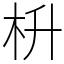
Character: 枡